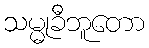
သမ္မုခီဘူတော